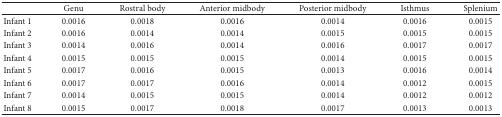
|  | Genu | Rostral body | Anterior midbody | Posterior midbody | Isthmus | Splenium |
 | --- | --- | --- | --- | --- | --- | --- |
 | Infant 1 | 0.0016 | 0.0018 | 0.0016 | 0.0014 | 0.0016 | 0.0015 |
 | Infant 2 | 0.0016 | 0.0014 | 0.0014 | 0.0015 | 0.0015 | 0.0015 |
 | Infant 3 | 0.0014 | 0.0016 | 0.0014 | 0.0016 | 0.0017 | 0.0017 |
 | Infant 4 | 0.0015 | 0.0015 | 0.0015 | 0.0014 | 0.0015 | 0.0015 |
 | Infant 5 | 0.0017 | 0.0016 | 0.0015 | 0.0013 | 0.0016 | 0.0014 |
 | Infant 6 | 0.0017 | 0.0017 | 0.0016 | 0.0014 | 0.0012 | 0.0015 |
 | Infant 7 | 0.0014 | 0.0015 | 0.0015 | 0.0014 | 0.0012 | 0.0012 |
 | Infant 8 | 0.0015 | 0.0017 | 0.0018 | 0.0017 | 0.0013 | 0.0013 |